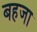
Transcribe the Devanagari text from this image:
बहजा